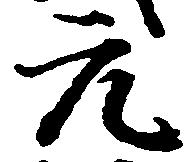
元